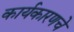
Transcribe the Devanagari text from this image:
कार्यकारणचे